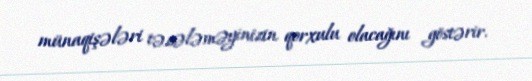
münaqişələri təzələməyinizin qorxulu olacağını göstərir.